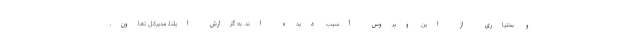
و بختیاری از این ویروس آسیب دیده اند. به گزارش ایلنا، مدیرکل تعاون،